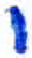
אות: י